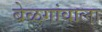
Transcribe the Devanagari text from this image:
बेळगांवाला